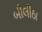
બીલીઠા